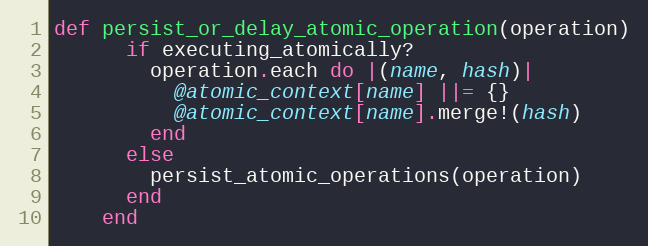
Language: Ruby
def persist_or_delay_atomic_operation(operation)
      if executing_atomically?
        operation.each do |(name, hash)|
          @atomic_context[name] ||= {}
          @atomic_context[name].merge!(hash)
        end
      else
        persist_atomic_operations(operation)
      end
    end